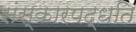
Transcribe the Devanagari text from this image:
संस्कारपद्धति